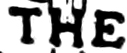
THE